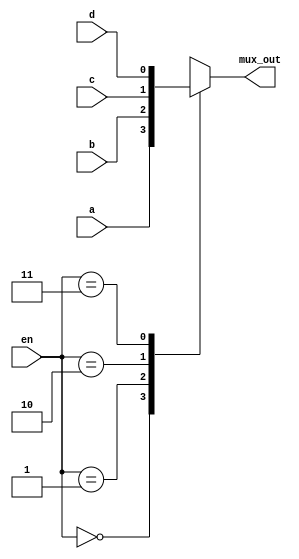
module mux (en, a, b, c, d, mux_out);

input  [1:0] en;
input        a, b, c, d;
output       mux_out;

reg mux_out;

 always @ (en or a or b or c or d)
      case(en)
        2'b00:  mux_out = a;
        2'b01:  mux_out = b;
        2'b10:  mux_out = c;
        2'b11:  mux_out = d;
      endcase


endmodule